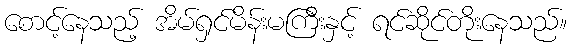
စောင့်နေသည့် အိမ်ရှင်မိန်းမကြီးနှင့် ရင်ဆိုင်တိုးနေသည်။